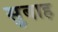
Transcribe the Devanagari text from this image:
सुबाह